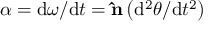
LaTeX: { \boldsymbol { \alpha } } = \mathrm { d } { \boldsymbol { \omega } } / \mathrm { d } t = \mathbf { \hat { n } } \left( \mathrm { d } ^ { 2 } \theta / \mathrm { d } t ^ { 2 } \right)